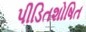
પીડિતશોષિત